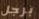
برجل